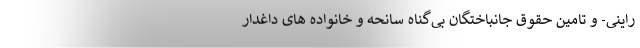
راینی- و تامین حقوق جانباختگان بی‌گناه سانحه و خانواده های داغدار